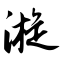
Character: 漩